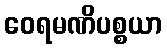
ဝေရမဏိပစ္စယာ